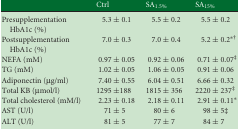
|  | Ctrl | SA1.5% | SA15% |
 | --- | --- | --- | --- |
 | Presupplementation HbA1c (%) | 5.3 ± 0.1 | 5.5 ± 0.2 | 5.5 ± 0.2 |
 | Postsupplementation HbA1c (%) | 7.0 ± 0.3 | 7.0 ± 0.4 | 5.2 ± 0.2*† |
 | NEFA (mM) | 0.97 ± 0.05 | 0.92 ± 0.06 | 0.71 ± 0.07‡ |
 | TG (mM) | 1.02 ± 0.05 | 1.06 ± 0.05 | 0.91 ± 0.06 |
 | Adiponectin (μg/ml) | 7.40 ± 0.55 | 6.04 ± 0.51 | 6.66 ± 0.32 |
 | Total KB (μmol/l) | 1295 ±188 | 1815 ± 356 | 2220 ± 237‡ |
 | Total cholesterol (mM/l) | 2.23 ± 0.18 | 2.18 ± 0.11 | 2.91 ± 0.11* |
 | AST (U/l) | 71 ± 5 | 80 ± 6 | 98 ± 5‡ |
 | ALT (U/l) | 81 ± 5 | 77 ± 7 | 84 ± 7 |